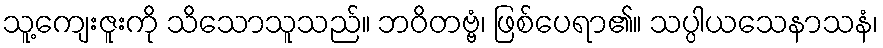
သူ့ကျေးဇူးကို သိသောသူသည်။ ဘဝိတဗ္ဗံ၊ ဖြစ်ပေရာ၏။ သပ္ပါယသေနာသနံ၊